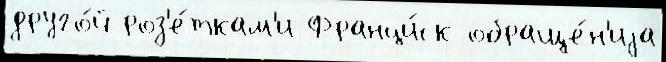
друго́й роз'е́ткам'и Франци́ск обраще́н'иjа